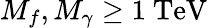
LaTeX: M_{f},M_{\gamma}\geq 1\ \mathrm{TeV}